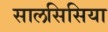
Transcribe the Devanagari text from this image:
सालसिसिया